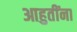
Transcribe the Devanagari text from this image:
आहुतींना